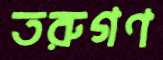
তরুগণ